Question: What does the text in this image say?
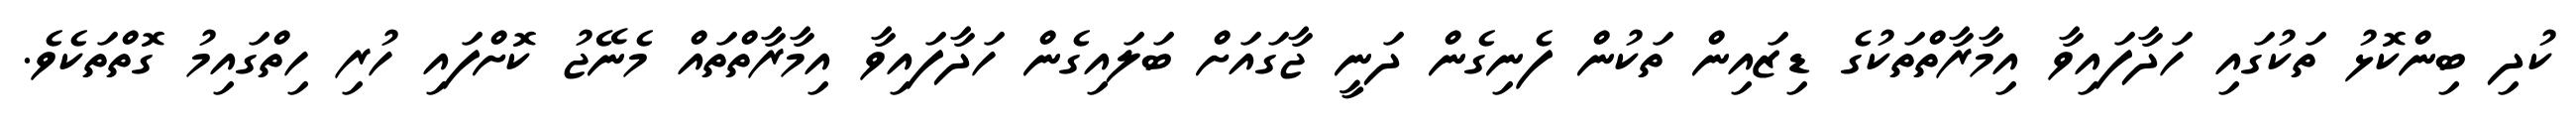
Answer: ކުދި ބިންކޮޅު ތަކުގައި ހަދާފައިވާ އިމާރާތްތަކުގެ ޑިޒައިން ތަކުން ފެނިގެން ދަނީ ޖާގައަށް ބަލައިގެން ހަދާފައިވާ އިމާރާތްތައް މެނޭޖު ކޮށްފައި ހުރި ހިތްގައިމު ގޮތްތަކެވެ.